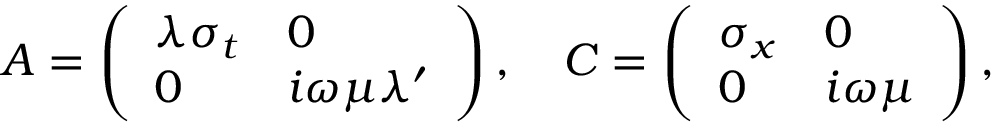
A = \left( \begin{array} { l l } { \lambda \sigma _ { t } } & { 0 } \\ { 0 } & { i \omega \mu \lambda ^ { \prime } } \end{array} \right) , \quad C = \left( \begin{array} { l l } { \sigma _ { x } } & { 0 } \\ { 0 } & { i \omega \mu } \end{array} \right) ,